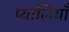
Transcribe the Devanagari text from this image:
प्यालियाँ